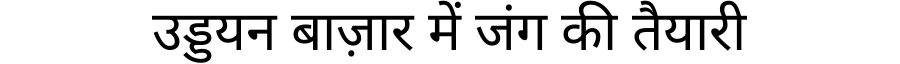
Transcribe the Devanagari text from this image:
उड्डयन बाज़ार में जंग की तैयारी